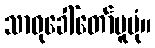
သာဓုခေါ်တော်မူပုံ။